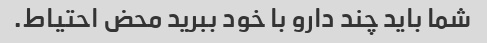
شما باید چند دارو با خود ببرید محض احتیاط.